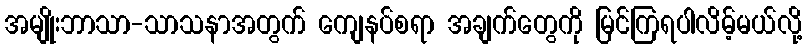
အမျိုးဘာသာ-သာသနာအတွက် ကျေနပ်စရာ အချက်တွေကို မြင်ကြရပါလိမ့်မယ်လို့